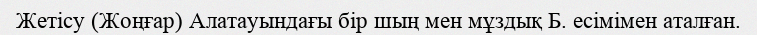
Жетісу (Жоңғар) Алатауындағы бір шың мен мұздық Б. есімімен аталған.